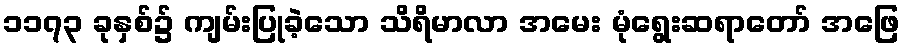
၁၁၇၃ ခုနှစ်၌ ကျမ်းပြုခဲ့သော သိရိမာလာ အမေး မုံရွေးဆရာတော် အဖြေ